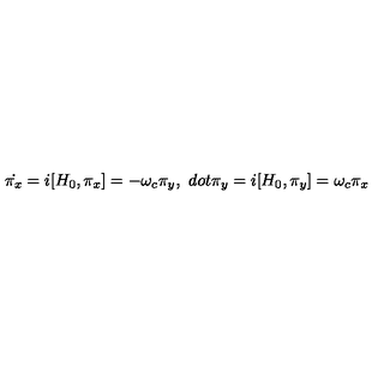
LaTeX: \dot { \pi _ { x } } = i [ H _ { 0 } , \pi _ { x } ] = - \omega _ { c } \pi _ { y } , \ d o t { \pi _ { y } } = i [ H _ { 0 } , \pi _ { y } ] = \omega _ { c } \pi _ { x }